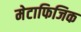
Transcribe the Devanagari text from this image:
मेटाफिजिक